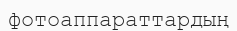
фотоаппараттардың